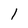
Character: 1